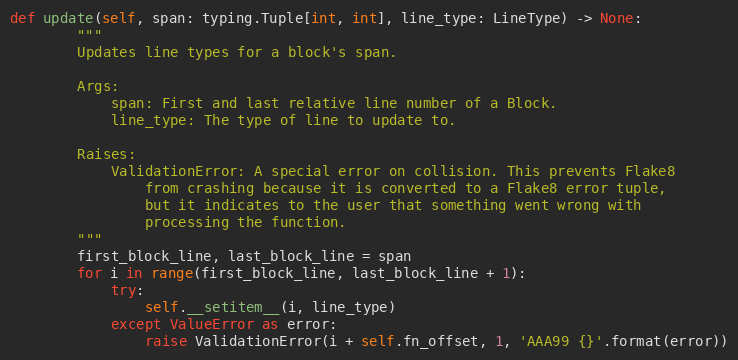
Language: Python
def update(self, span: typing.Tuple[int, int], line_type: LineType) -> None:
        """
        Updates line types for a block's span.

        Args:
            span: First and last relative line number of a Block.
            line_type: The type of line to update to.

        Raises:
            ValidationError: A special error on collision. This prevents Flake8
                from crashing because it is converted to a Flake8 error tuple,
                but it indicates to the user that something went wrong with
                processing the function.
        """
        first_block_line, last_block_line = span
        for i in range(first_block_line, last_block_line + 1):
            try:
                self.__setitem__(i, line_type)
            except ValueError as error:
                raise ValidationError(i + self.fn_offset, 1, 'AAA99 {}'.format(error))